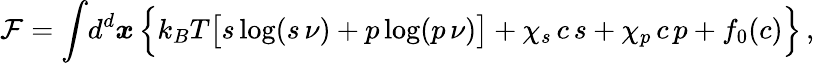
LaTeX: \mathcal{F}=\int\! d^{d}\boldsymbol{x}\, \Big\{ k_{B}T\bigl[s\log(s\, \nu)+p\log(p\, \nu)\bigr]+\chi_{s}\, c\, s+\chi_{p}\, c\, p+f_{0}(c)\Big\} \, ,